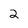
Character: 2